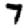
Digit: 7